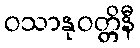
ဝသာနုဝတ္တိနီ